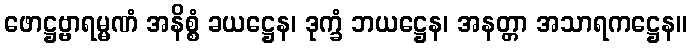
ဖောဋ္ဌဗ္ဗာရမ္မဏံ အနိစ္စံ ခယဋ္ဌေန၊ ဒုက္ခံ ဘယဋ္ဌေန၊ အနတ္တာ အသာရကဋ္ဌေန။